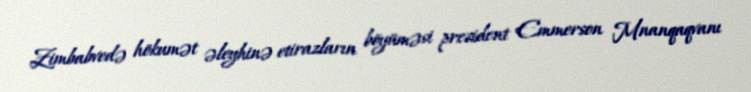
Zimbabvedə hökumət əleyhinə etirazların böyüməsi prezident Emmerson Mnanqaqvanı